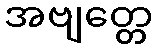
အဗျတ္တေ